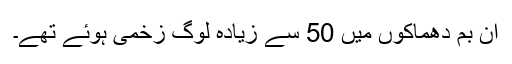
ان بم دھماکوں میں 50 سے زیادہ لوگ زخمی ہوئے تھے۔